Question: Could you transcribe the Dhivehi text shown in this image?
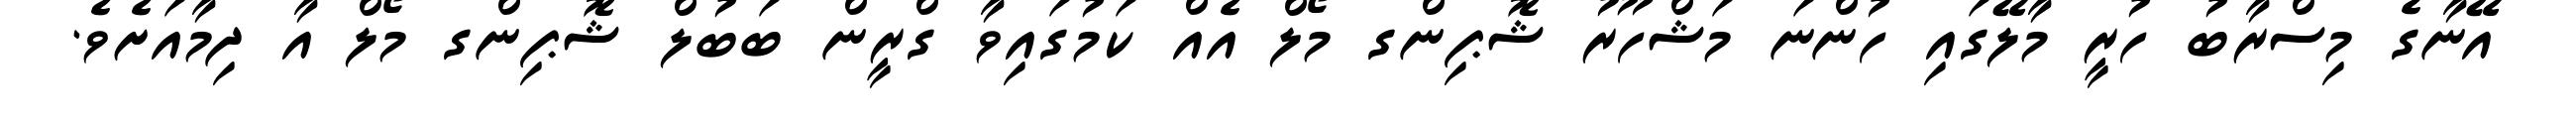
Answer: އޭނާގެ މިސްރާބު ހުރީ މާލޭގައި ހުންނަ މަޝްހޫރު ޝޮޕިންގ މޯލް އެއް ކަމުގައިވާ ގްރީން ބަބުލް ޝޮޕިންގ މޯލް އާ ދިމާއަށެވެ.